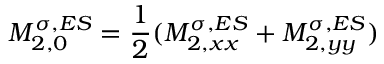
M _ { 2 , 0 } ^ { \sigma , E S } = \frac { 1 } { 2 } ( M _ { 2 , x x } ^ { \sigma , E S } + M _ { 2 , y y } ^ { \sigma , E S } )